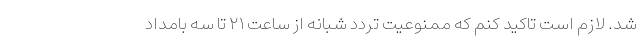
شد. لازم است تاکید کنم که ممنوعیت تردد شبانه از ساعت ۲۱ تا سه بامداد